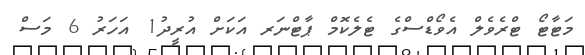
މަޓާޓޯ ޓްރެވެލް އެވޯޑްސްގެ ޓެލެކޮމް ޕާޓްނަރ އަކަށް އުރީދު1 އަހަރު 6 މަސް